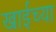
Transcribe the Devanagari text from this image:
खाईच्या